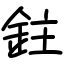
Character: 鉒